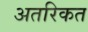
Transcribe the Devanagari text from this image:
अतरिकत